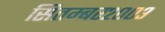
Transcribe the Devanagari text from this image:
सितम्बर२००३